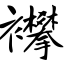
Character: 襻